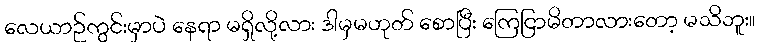
လေယာဉ်ကွင်းမှာပဲ နေရာ မရှိလို့လား ဒါမှမဟုတ် စောပြီး ကြေငြာမိတာလားတော့ မသိဘူး။